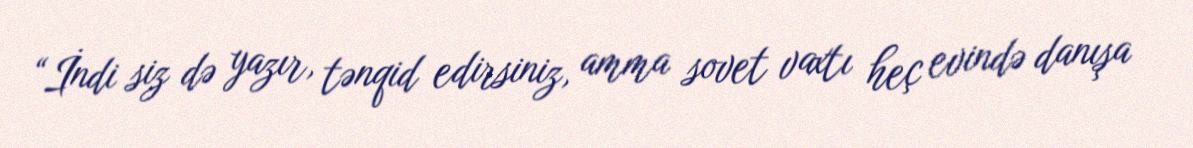
“İndi siz də yazır, tənqid edirsiniz, amma sovet vaxtı heç evində danışa